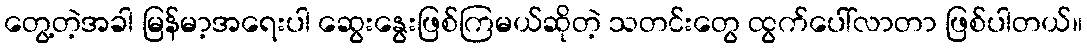
တွေ့တဲ့အခါ မြန်မာ့အရေးပါ ဆွေးနွေးဖြစ်ကြမယ်ဆိုတဲ့ သတင်းတွေ ထွက်ပေါ်လာတာ ဖြစ်ပါတယ်။